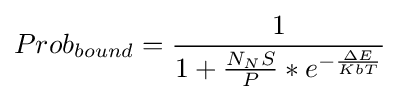
Prob_{bound}={\frac {1}{1+{\frac {N_{N}S}{P}}*{e}^{-{\frac {\Delta E}{KbT}}}}}